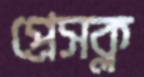
প্রেসক্ল